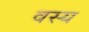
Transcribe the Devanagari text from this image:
वस्य